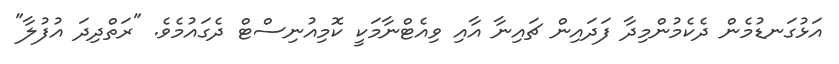
އަޅުގަނޑުމެން ދެކެމުންމިދާ ފަދައިން ޗައިނާ އާއި ވިއެޓްނާމަކީ ކޮމިއުނިސްޓް ދެގައުމެވެ. "ރަތްދިދަ އުފުލާ"